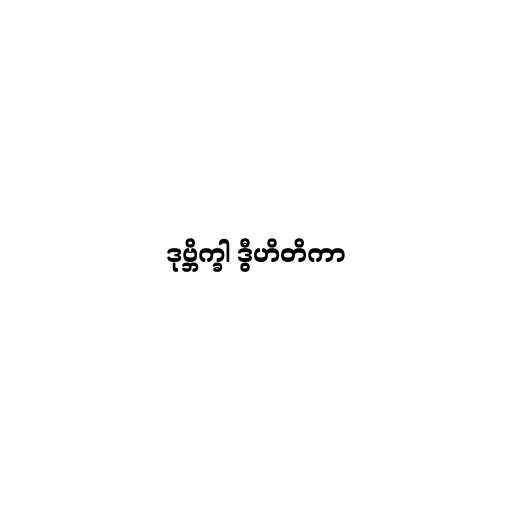
ဒုဗ္ဘိက္ခါ ဒွီဟိတိကာ